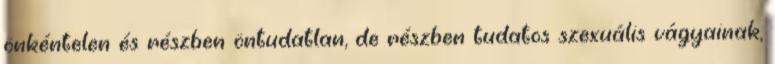
önkéntelen és részben öntudatlan, de részben tudatos szexuális vágyainak,